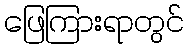
ဖြေကြားရာတွင်